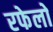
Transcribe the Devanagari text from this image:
रफेलो